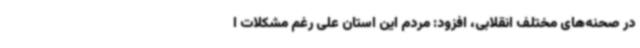
در صحنه‌های مختلف انقلابی، افزود: مردم این استان علی رغم مشکلات ا